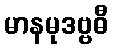
မာနမုဒဗ္ဗဓီ